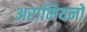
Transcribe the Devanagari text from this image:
अरामियनों